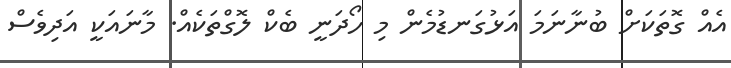
އެއް ގޮތަކަށް ބުނާނަމަ އަޅުގަނޑުމެން މި ހޯދަނީ ބެކް ލޮގްތަކެއް. މާނައަކީ އަދިވެސް